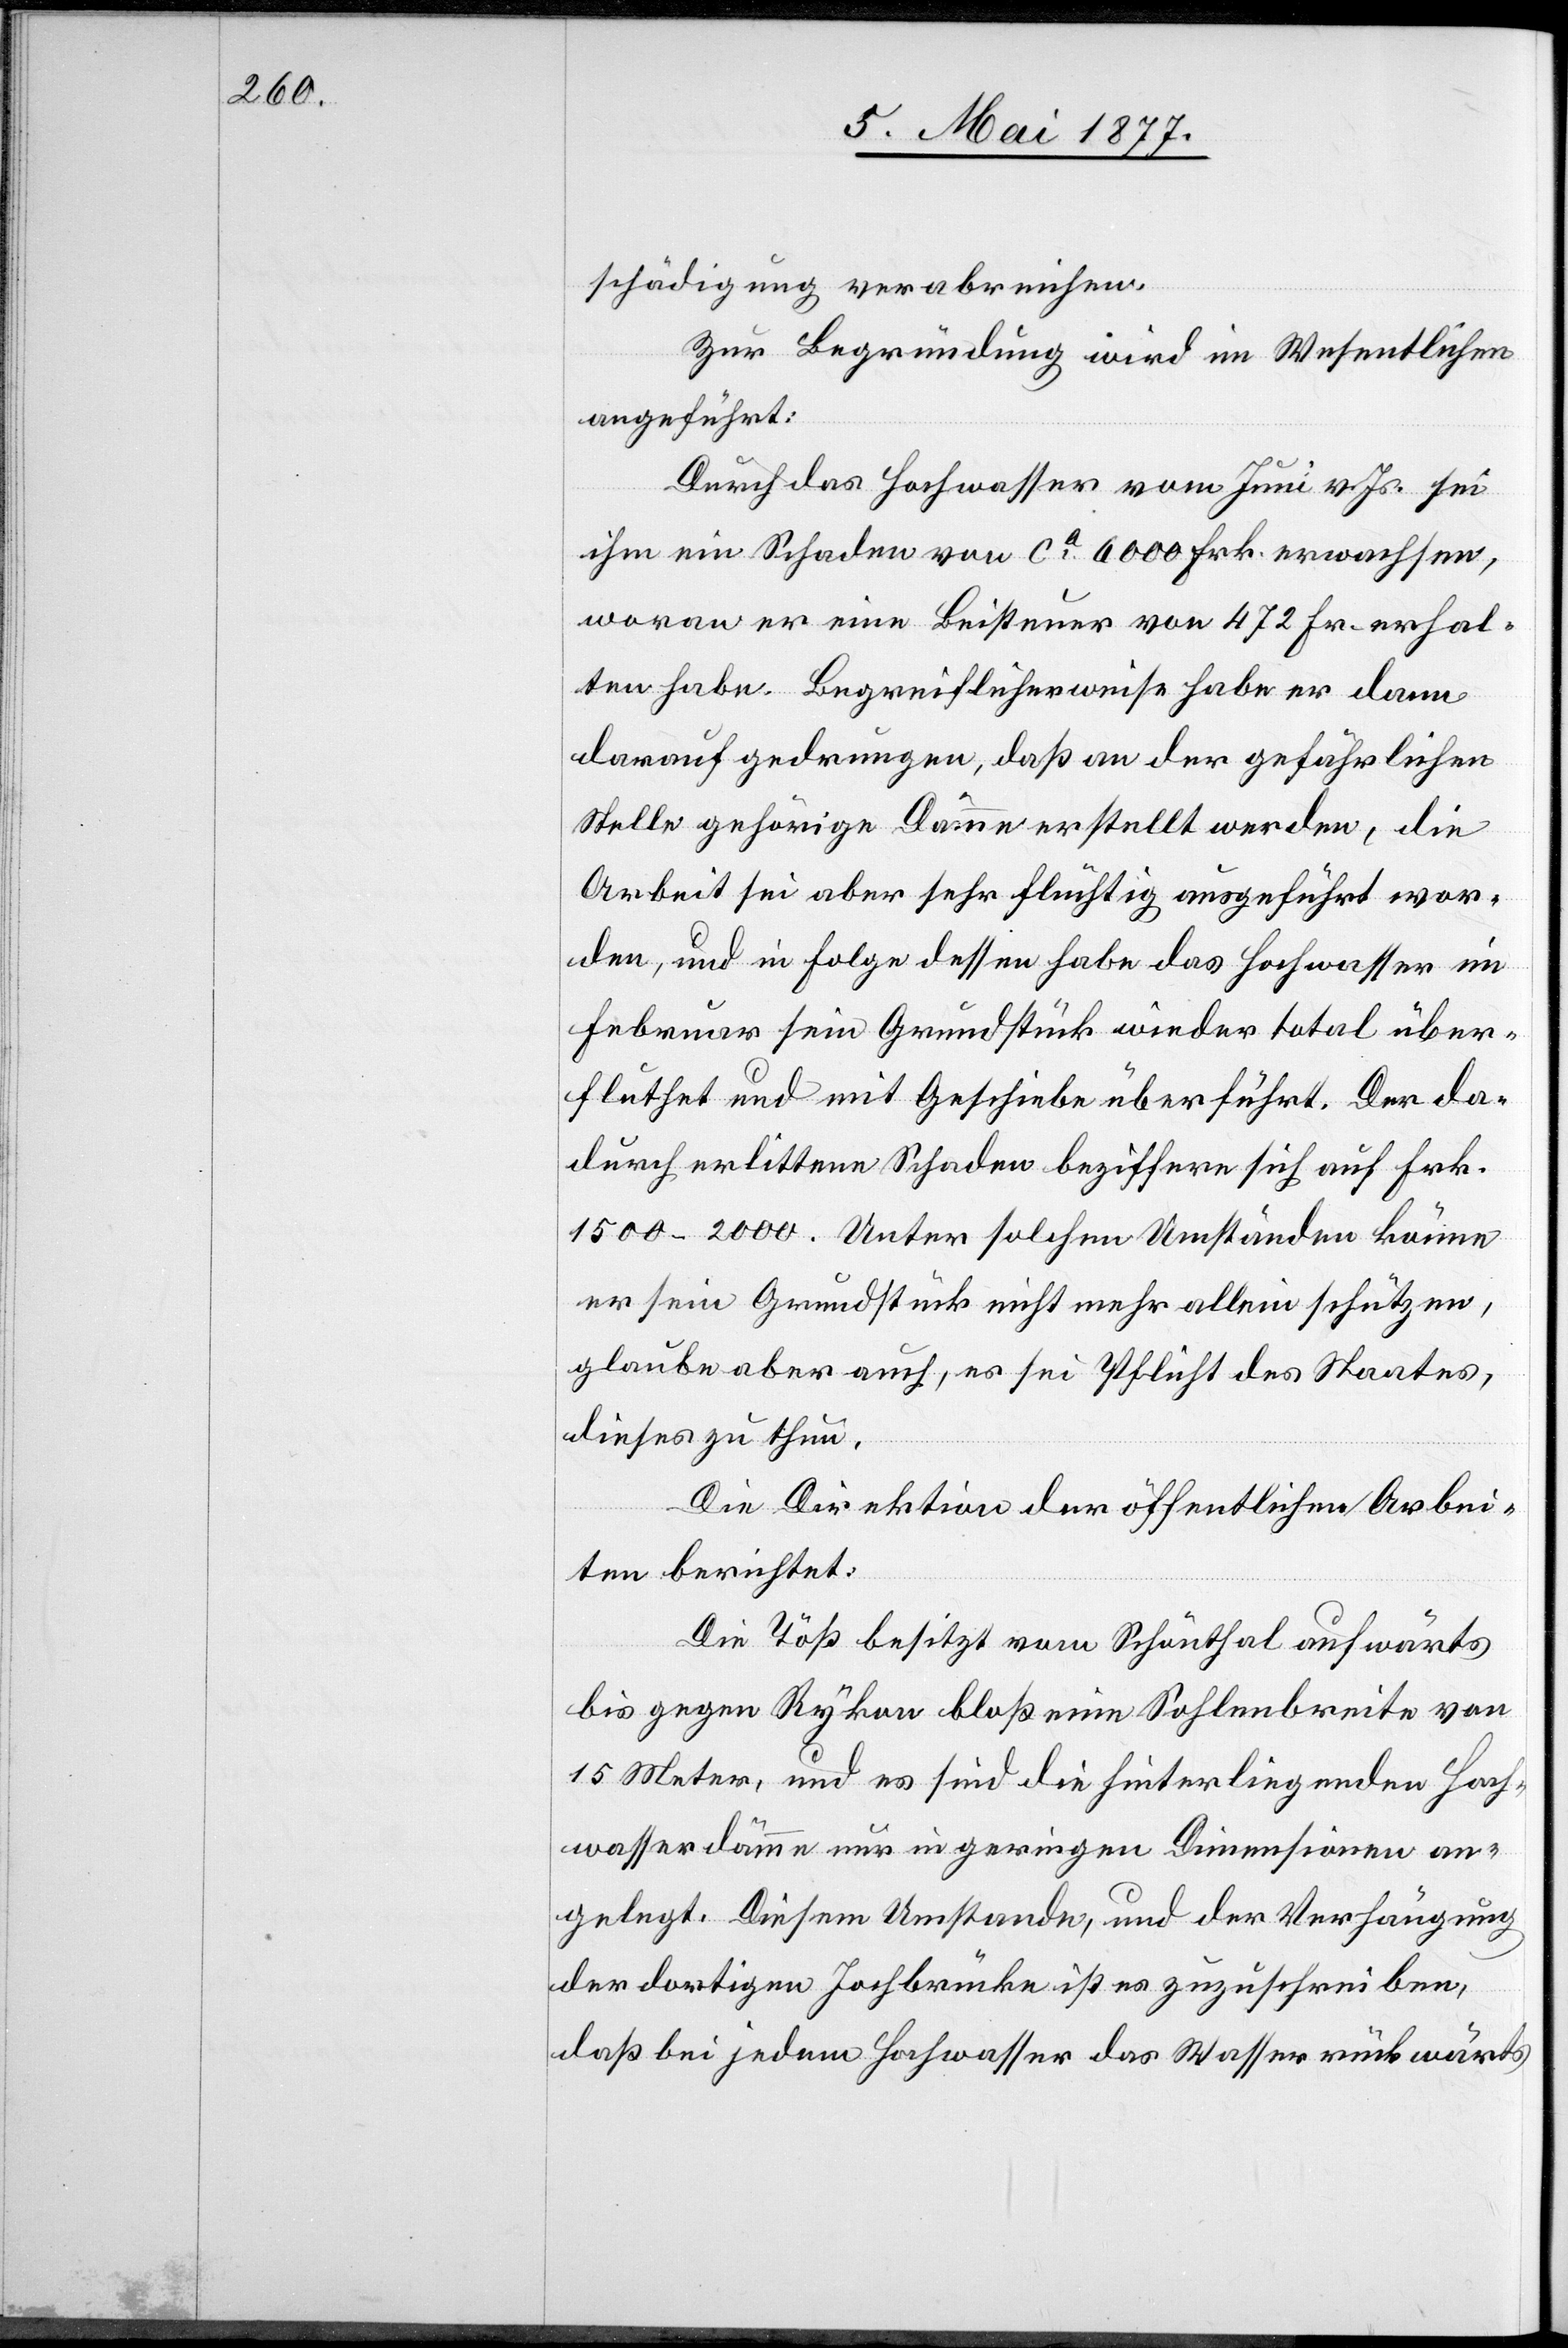
schädigung verabreichen.
Zur Begründung wird im Wesentlichen
angeführt:
Durch das Hochwasser vom Juni v. Js. sei
ihm ein Schaden von ca 6000 Frk. erwachsen,
woran er eine Beisteuer von 472 Fr. erhal¬
ten habe. Begreiflicherweise habe er dann
darauf gedrungen, daß an der gefährlichen
Stelle gehörige Dämme erstellt werden, die
Arbeit sei aber sehr flüchtig ausgeführt wor¬
den, und in Folge dessen habe das Hochwasser im
Februar sein Grundstück wieder total über¬
fluthet und mit Geschiebe überführt. Der da¬
durch erlittene Schaden beziffere sich auf Frk.
1500–2000. Unter solchen Umständen könne
er sein Grundstück nicht mehr allein schützen,
glaube aber auch, es sei Pflicht des Staates,
dieses zu thun.
Die Direktion der öffentlichen Arbei¬
ten berichtet:
Die Töß besitzt vom Schönthal aufwärts
bis gegen Rykon bloß eine Sohlenbreite von
15 Meter, und es sind die hinterliegenden Hoch¬
wasserdämme nur in geringen Dimensionen an¬
gelegt. Diesem Umstande, und der Verhängung
der dortigen Jochbrücke ist es zuzuschreiben,
daß bei jedem Hochwasser das Wasser rückwärts